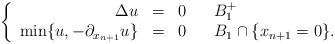
LaTeX: \begin{align*}\left\{\begin{array}{rclll}\Delta u & = & 0 & & B_1^+\\\min\{u,-\partial_{x_{n+1}} u\} & = & 0 & & B_1\cap\{x_{n+1} = 0\}.\end{array}\right.\end{align*}